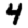
Digit: 4